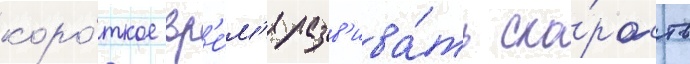
коро́ткое вр'е́м'я разв'ива́ть ско́рость